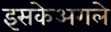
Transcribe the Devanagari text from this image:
इसकेअगले